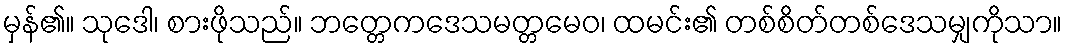
မှန်၏။ သုဒေါ၊ စားဖိုသည်။ ဘတ္တေကဒေသမတ္တမေဝ၊ ထမင်း၏ တစ်စိတ်တစ်ဒေသမျှကိုသာ။